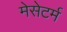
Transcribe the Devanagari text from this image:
मेसेटर्म